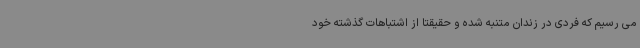
می رسیم که فردی در زندان متنبه شده و حقیقتاً از اشتباهات گذشته خود